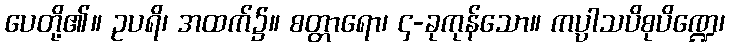
ပေတို့၏။ ဥပရိ၊ အထက်၌။ စတ္တာရော၊ ၄-ခုကုန်သော။ ကပ္ပာသပိစုပိဏ္ဍေ၊